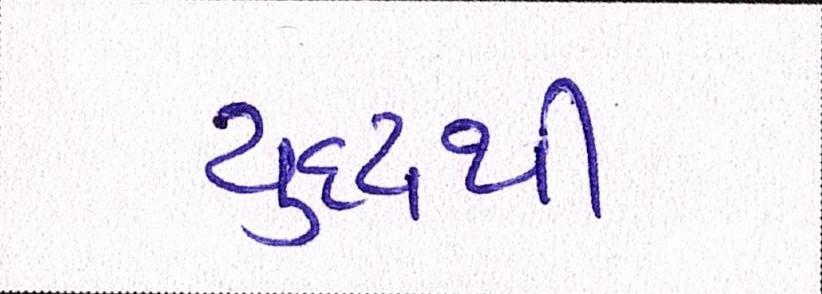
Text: યુદ્ધથી